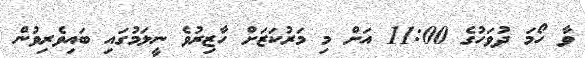
ވާ ހޯމަ ދުވަހުގެ 11:00 އަށް މި މަރުކަޒަށް ހާޒިރުވެ ނީލަމުގައި ބައިވެރިވުން